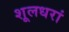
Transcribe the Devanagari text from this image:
शूलधरां